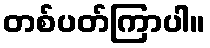
တစ်ပတ်ကြာပါ။